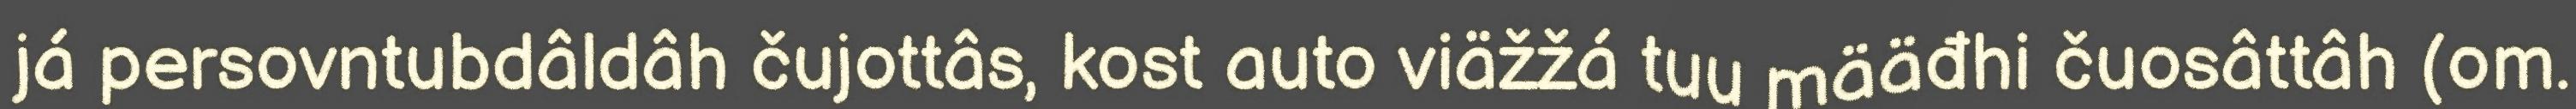
já persovntubdâldâh čujottâs, kost auto viäžžá tuu määđhi čuosâttâh (om.